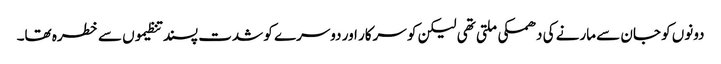
دونوں کو جان سے مارنے کی دھمکی ملتی تھی لیکن کو سرکار اور دوسرے کو شدت پسند تنظیموں سے خطرہ تھا۔